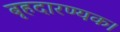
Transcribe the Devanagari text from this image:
बृहदारण्यक।